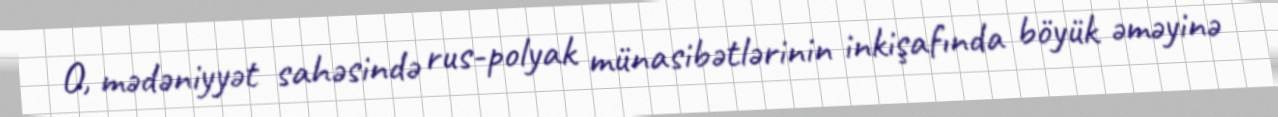
O, mədəniyyət sahəsində rus-polyak münasibətlərinin inkişafında böyük əməyinə